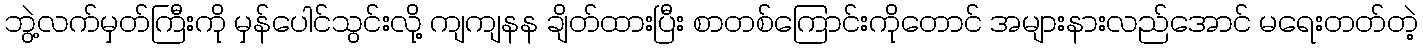
ဘွဲ့လက်မှတ်ကြီးကို မှန်ပေါင်သွင်းလို့ ကျကျနန ချိတ်ထားပြီး စာတစ်ကြောင်းကိုတောင် အများနားလည်အောင် မရေးတတ်တဲ့